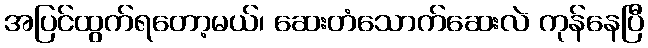
အပြင်ထွက်ရတော့မယ်၊ ဆေးတံသောက်ဆေးလဲ ကုန်နေပြီ